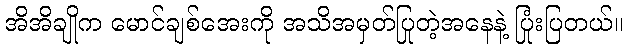
အိအိချိုက မောင်ချစ်အေးကို အသိအမှတ်ပြုတဲ့အနေနဲ့ ပြုံးပြတယ်။